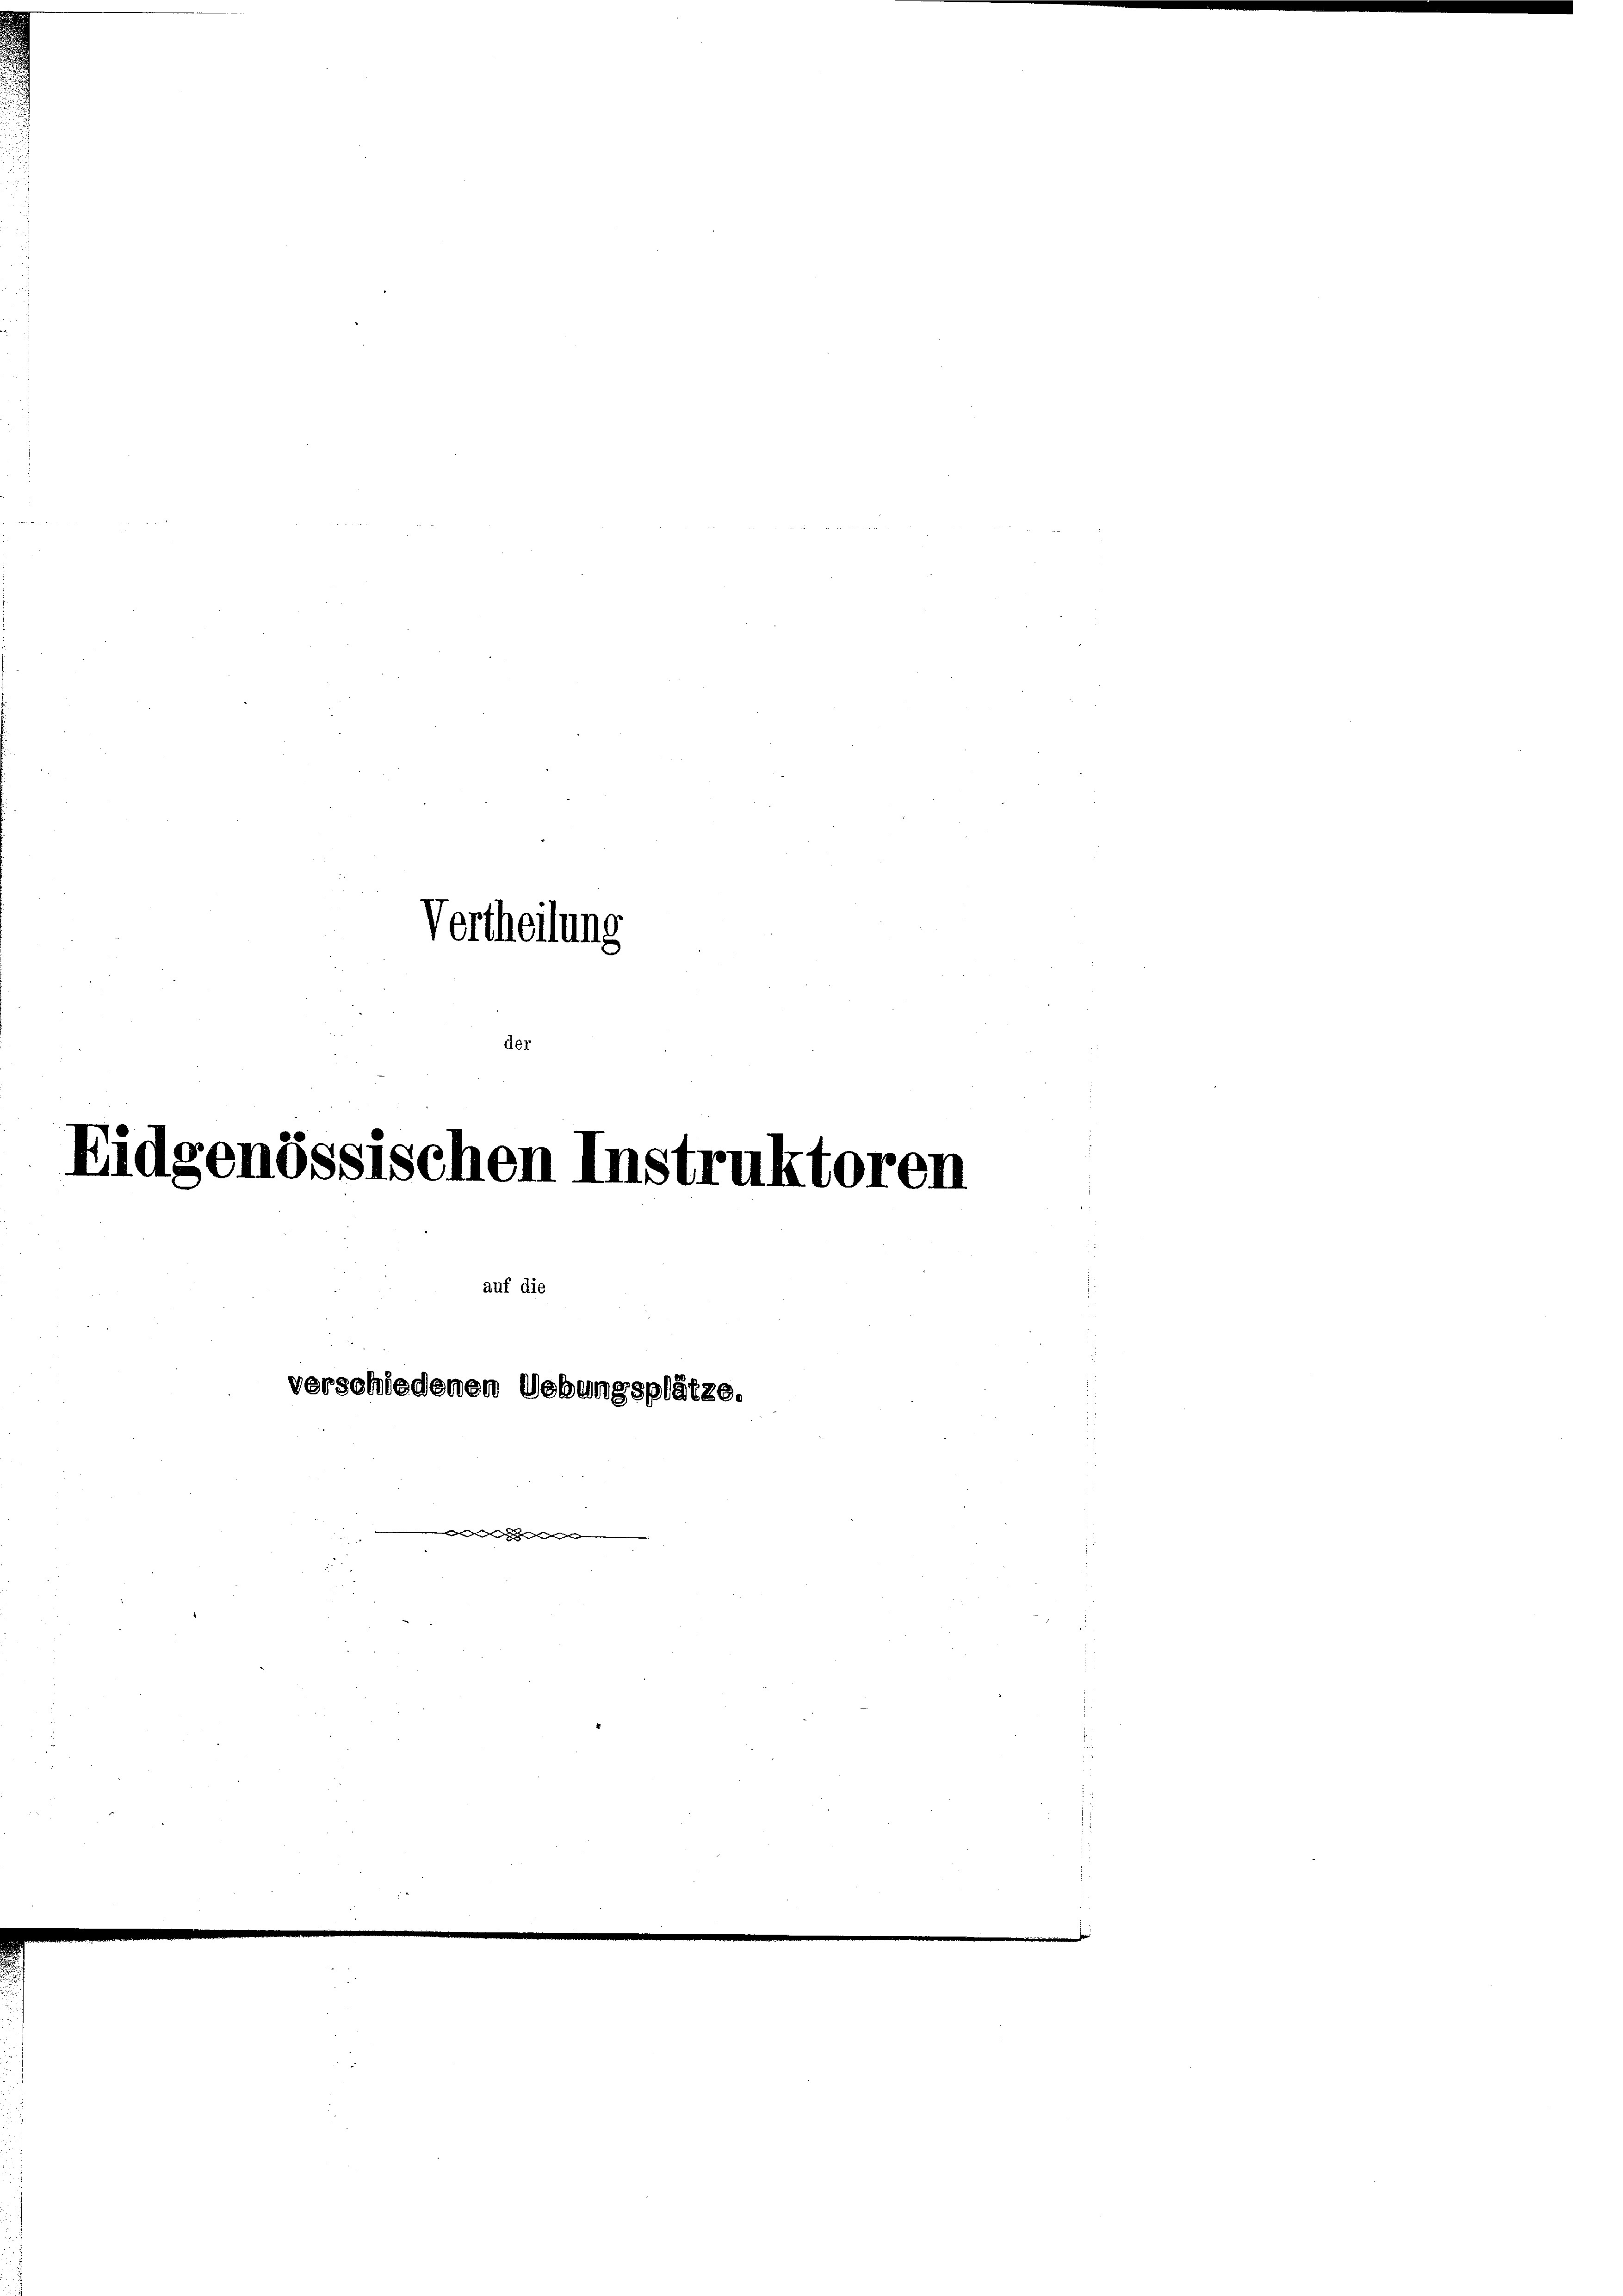
Vertheilung
der

Eid

enössischen Insti

auf di

verschiedenen Uebungsplätze.
tenden Ge

401

en